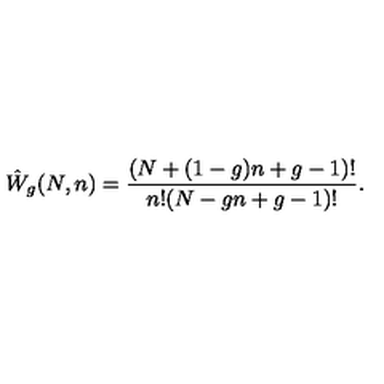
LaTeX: \hat { W } _ { g } ( N , n ) = \frac { ( N + ( 1 - g ) n + g - 1 ) ! } { n ! ( N - g n + g - 1 ) ! } .